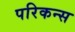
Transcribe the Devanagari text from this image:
परिकन्स